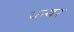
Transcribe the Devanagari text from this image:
वन्यर